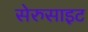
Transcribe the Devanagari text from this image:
सेरुसाइट